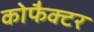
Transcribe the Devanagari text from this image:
कोफैक्टर